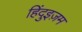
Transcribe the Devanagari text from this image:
हिंदुइज़म